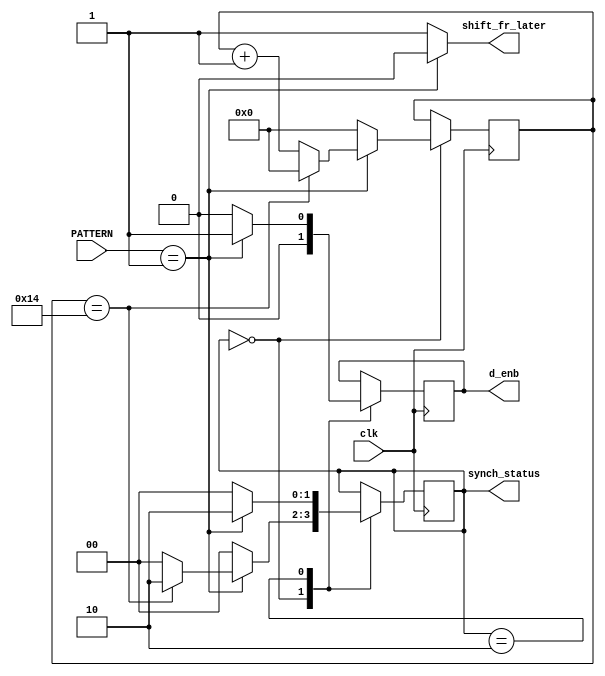
module SynController(
							input  wire  clk, // 320MHz, namely, rx_clkout
							input  wire [01:00] PATTERN,// Header with current frame
//							input  wire  bcid_fr,// frame trailer arrivision flag
							output reg   d_enb=1'b0, // align data flag , dataout output enable
							(* KEEP =  "TRUE" *)output reg  [01:00] synch_status=CHECK, // sync status signal
					//		output reg   shift_fr_early, // change frame border one bit early
							output wire   shift_fr_later // change frame border one bit later
										//for test
					
							
						
						
							
							);
							
parameter CHECK = 2'b00,
			 SYNC=2'b10;
	//		 RESYNC=2'b11;
				
//reg [07:00] prbs=8'b0;
reg [05:00] Pcounter=3'b0;  // counter for prbs buffer 
reg [11:00] frame_counter=0;   // frame counter 

assign shift_fr_later= (PATTERN[1:0]== 2'b01)?0:1;
always @(posedge clk)
begin
		
		case (synch_status)
		CHECK:
		begin
			d_enb<=0;
			//syn_state<=0;
			//pre_syn<=1;
		//	if (bcid_fr)
				begin
				if (PATTERN[1:0]== 2'b01)
						begin
						       if (Pcounter== 20)
										begin
											//pre_syn<=1'b0;
											//syn_state<=1'b1;
											//precount<=1'b0;
											Pcounter<=1'b0;
											synch_status<=SYNC;
										end
									else 
										begin
											Pcounter<=Pcounter+1'b1;
											synch_status<=CHECK;
										end
					//	shift_fr_later<=1'b0;
/////////////////////////////////////////////////////////////////						
//							frame_counter<=frame_counter+1'b1;
//							if (frame_counter== 4095 )//
//								begin
//									shift_fr_later<=1'b1;
//									frame_counter<=1'b0;
//								end
//							else shift_fr_later<=1'b0;
//							
						end
					else //if (PATTERN[1:0]== 2'b01)
						begin
					//		shift_fr_later<=1'b1;
					//		frame_counter<=1'b0;
							 Pcounter<=1'b0;// ensure to contiuos counter
							synch_status<=CHECK;
						end
					end
//			 else 
//				begin
//					shift_fr_later<=1'b0;
//					synch_status<=CHECK;
//				end
		end

		SYNC:
			begin
				//if ( bcid_fr )
							begin
								
								if (PATTERN[1:0]==2'b01 )
									begin
										d_enb<=1'b1;
										synch_status<=SYNC;
								//		shift_fr_later<=1'b0;
									end
								else
									begin
										d_enb<=1'b0;
										synch_status<=CHECK;
								//		shift_fr_later<=1'b1;
									end
								
							
							end
//						else
//							begin
							
//								synch_status<=SYNC;
//							end
			end
		endcase
end
endmodule